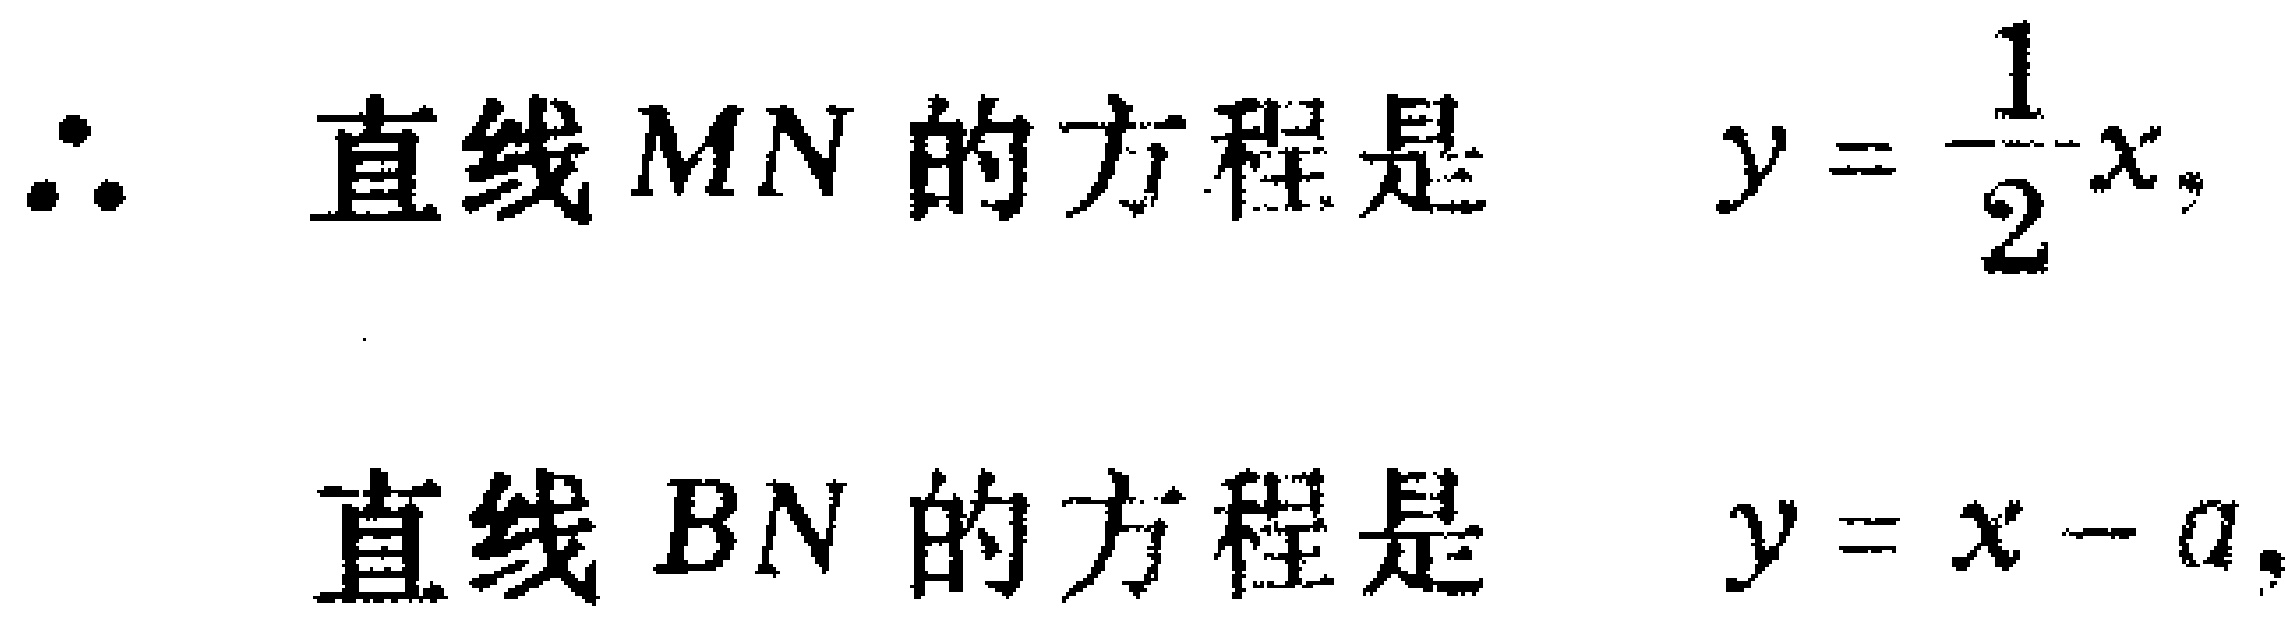
\(\therefore\) 直线 \(MN\) 的方程是 \(y = \frac{1}{2}x\)，

直线 \(BN\) 的方程是 \(y = x - a\)。